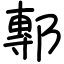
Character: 鄟